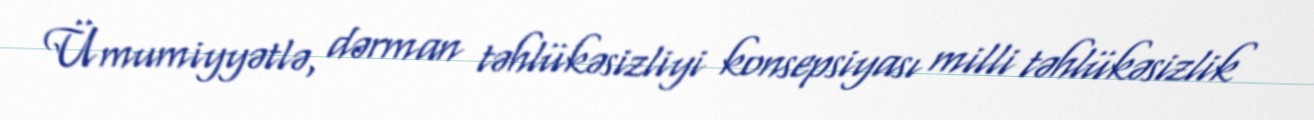
Ümumiyyətlə, dərman təhlükəsizliyi konsepsiyası milli təhlükəsizlik